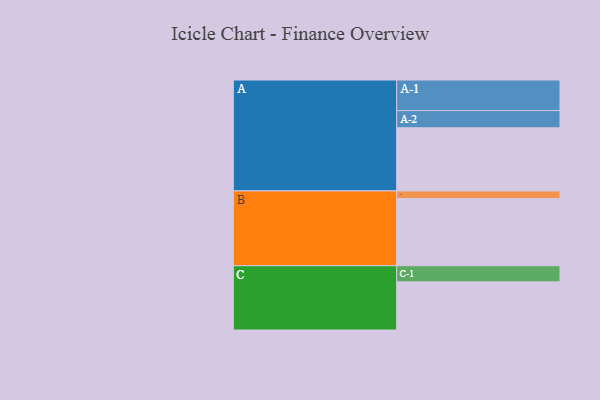
{"axis": {"x": "Segment", "y": "Value"}, "legend": ["", "A", "B", "C"], "data": [{"x": "A", "y": 545, "type": ""}, {"x": "B", "y": 581, "type": ""}, {"x": "C", "y": 416, "type": ""}, {"x": "A-1", "y": 264, "type": "A"}, {"x": "A-2", "y": 149, "type": "A"}, {"x": "B-1", "y": 65, "type": "B"}, {"x": "C-1", "y": 139, "type": "C"}]}